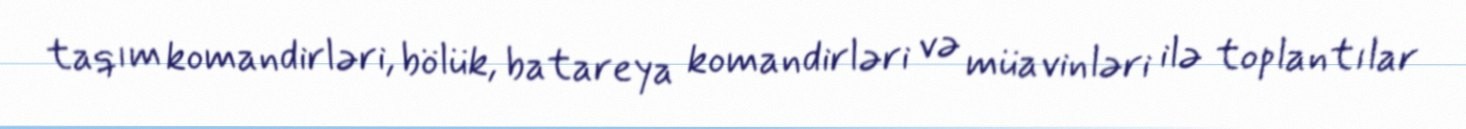
taqım komandirləri, bölük, batareya komandirləri və müavinləri ilə toplantılar